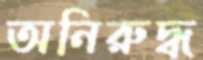
অনিরুদ্ধ